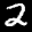
Label: 2